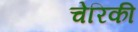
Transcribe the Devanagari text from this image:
चेरिकी